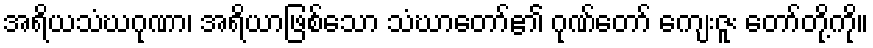
အရိယသံဃဂုဏာ၊ အရိယာဖြစ်သော သံဃာတော်၏ ဂုဏ်တော် ကျေးဇူး တော်တို့ကို။